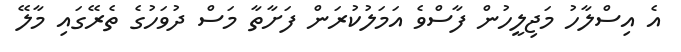
އެ އިސްލާހު މަޖިލީހުން ފާސްވެ އަމަލުކުރަން ފަށާތާ މަސް ދުވަހުގެ ތެރޭގައި މާލޭ